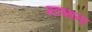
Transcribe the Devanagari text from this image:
स्टब्सना